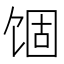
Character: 𬲾